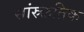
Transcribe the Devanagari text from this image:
सांस्र्क्ततिक